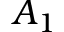
A _ { 1 }